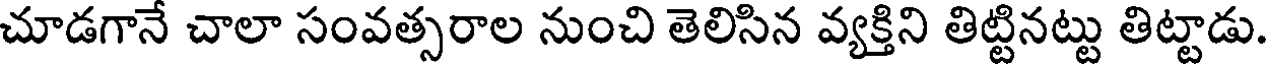
చూడగానే చాలా సంవత్సరాల నుంచి తెలిసిన వ్యక్తిని తిట్టినట్టు తిట్టాడు.